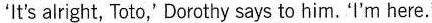
`lt's alright,Toto`,Dorothy says to him,`i'm here.`